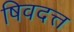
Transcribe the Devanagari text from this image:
षिवदत्त